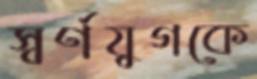
স্বর্ণযুগকে